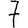
Digit: 7